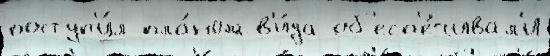
поступ'и́л пла́ном в'и́да об'есп'е́чивал'и